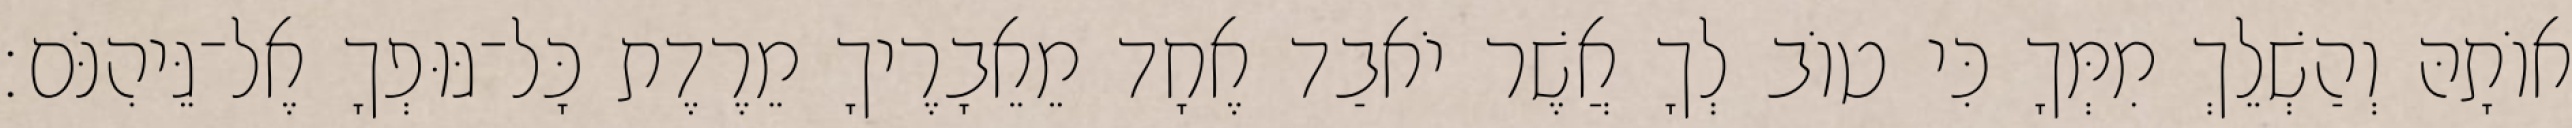
אוֹתָהּ וְהַשְׁלֵךְ מִמְּךָ כִּי טוֹב לְךָ אֲשֶׁר יֹאבַד אֶחָד מֵאֵבָרֶיךָ מֵרֶדֶת כָּל־גּוּפְךָ אֶל־גֵּיהִנֹּם׃